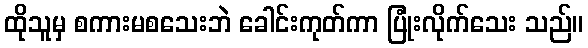
ထိုသူမှ စကားမစသေးဘဲ ခေါင်းကုတ်ကာ ပြုံးလိုက်သေး သည်။